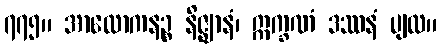
၇၇၅။ အာလောကနဉ္စ နိဇ္ဈာနံ၊ ဣက္ခဏံ ဒဿနံ ပျထ။